Report on sanitation, dispensaries, and jails in Rajputana for 1909, and on vaccination for the year 1909-1910 - 1909-1910
Year: 1909
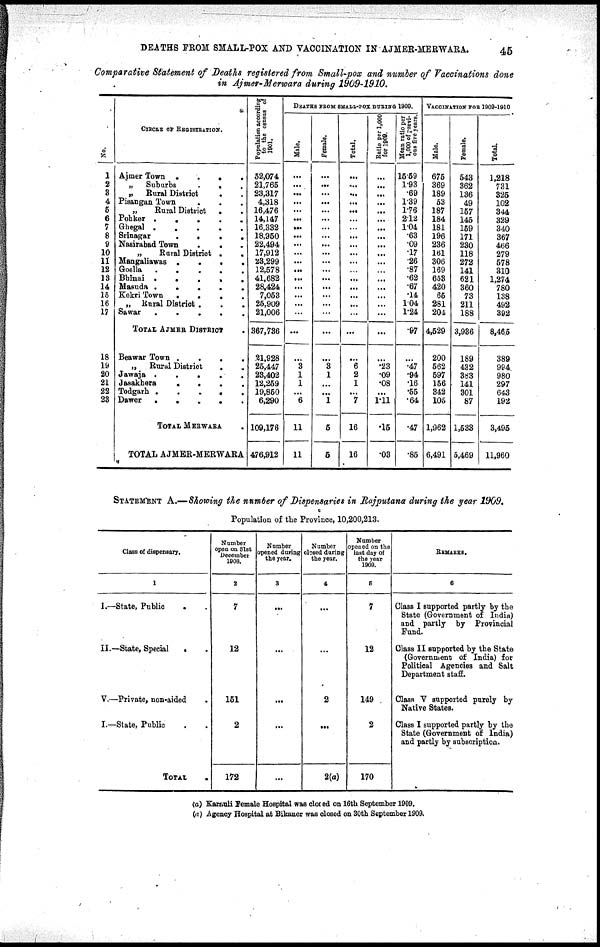
DEATHS FROM SMALL-POX AND VACCINATION IN AJMER-MERWARA.
45
Comparative Statement of Deaths registered from Small-pox and number of Vaccinations done
in Ajmer-Merwara during 1909-1910.
No.
1
2
3
4
5
6
7
8
9
10
11
12
13
14
15
16
17
18
19
20
21
22
23
CIRCLE OF REGISTRATION.
Ajmer Town .
.
.
.
„ Suburbs
.
. .
„ Rural District
. .
Pisangan Town . . .
„
Rural District . . .
Pohker .
.
.
.
.
Ghegal .
.
.
.
.
Srinagar
.
.
.
.
Nasirabad Town
.
. .
„
Rural District .
.
Mangaliawas .
.
.
.
Goella .
.
.
.
.
Bhinai .
.
.
.
.
Masuda .
.
.
.
.
Kekri Town .
.
.
.
„ Rural District . . .
Sawar
.
.
.
.
.
TOTAL AJMER DISTRICT .
Beawar Town .
.
.
.
„
Rural District
. .
Jawaja . . . . .
Jasakhera
.
.
.
.
Todgarh .
.
.
.
.
Dawer .
.
.
.
.
TOTAL MERWARA .
TOTAL AJMER-MERWARA
Population according
to the census of
1901.
52,074
21,765
23,317
4,318
16,476
14,147
16,332
18,950
22,484
17,912
23,299
12,578
41,682
28,424
7,053
25,909
21,006
367,736
21,928
25,447
23,402
12,259
19,850
6,290
109,176
476,912
DEATHS FROM SMALL-POX DURING 1900.
Male.
...
...
...
...
...
...
...
...
...
...
...
...
...
...
...
...
...
...
...
3
1
1
...
6
11
11
Female.
...
...
...
...
...
...
...
...
...
...
...
...
...
...
...
...
...
...
...
3
1
...
...
11
5
5
Total.
...
...
...
...
...
...
...
...
...
...
...
...
...
...
...
...
...
...
...
6
2
1
...
7
16
16
Ratio per 1,000
for 1000.
...
...
...
...
...
...
...
...
...
...
...
...
...
...
...
...
...
...
...
.23
.09
.08
...
1.11
.15
.03
Mean
ratio per
1,000 of previ-
ous five years.
15.59
1.93
.69
1.39
1.76
2.12
1.04
.63
.09
.17
.26
.87
.62
.67
.14
1.04
1.24
.97
...
.47
.94
.16
.55
.64
.47
.85
VACCINATION FRO 1909-1910
Male.
675
369
189
53
187
184
181
196
236
161
306
169
653
420
65
281
204
4,529
200
562
597
156
342
105
1,362
6,491
Female.
543
362
136
49
157
145
159
171
230
118
272
141
621
360
73
211
188
3,936
189
432
383
141
301
87
1,538
5,469
Total.
1,218
731
325
102
344
329
340
367
466
279
578
310
1,274
780
138
492
392
8,465
389
994
980
297
643
192
3,495
11,960
STATEMENT A.—Showing the number of Dispensaries in Rajputana during the year 1909.
Population of the Province, 10,200,213.
Class of dispensary.
1
I.—State, Public . .
II.—State, Special . .
V.—Private, non-aided .
I.—State, Public . .
TOTAL
.
Number
open on 31st
December
1908.
2
7
12
151
2
172
Number
opened during
the year.
3
...
...
...
...
...
Number
closed during
the year.
4
...
...
2
...
2(a)
Number
opened on the
last day of
the year
1909.
5
7
12
149
2
170
REMARKS.
6
Class I supported partly by the
State (Government of India)
and partly by Provincial
Fund.
Class II supported by the State
(Government of India) for
Political Agencies and Salt
Department staff.
Class V supported purely by
Native States.
Class I supported partly by the
State (Government of India)
and partly by subscription.
(a) Karuali Female Hospital was closed on 16th September 1909.
(a) Agency Hospital at Bikaner was closed on 30th September 1909.